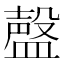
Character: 𰥃